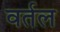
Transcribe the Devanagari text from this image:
वर्तल